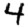
Digit: 4